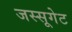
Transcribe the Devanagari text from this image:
जस्सूगेट